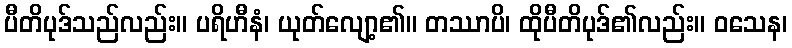
ပီတိပုဒ်သည်လည်း။ ပရိဟီနံ၊ ယုတ်လျော့၏။ တဿာပိ၊ ထိုပီတိပုဒ်၏လည်း။ ဝသေန၊